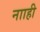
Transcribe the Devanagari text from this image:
नााही